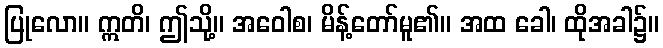
ပြုလော။ ဣတိ၊ ဤသို့။ အဝေါစ၊ မိန့်တော်မူ၏။ အထ ခေါ၊ ထိုအခါ၌။